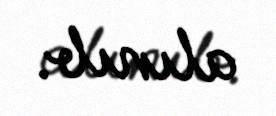
alınıb.